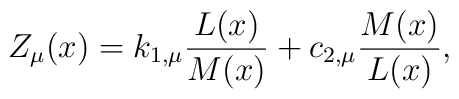
Z_{\mu}(x) =   k_{1,\mu} \frac{L(x)}{M(x)} + c_{2,\mu} \frac{M(x)}{L(x)},